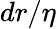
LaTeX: dr/\eta